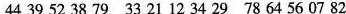
43 95 23 87 93 21 12 34 29 78 64 56 07 82